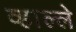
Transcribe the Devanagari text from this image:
व्हाल्ले